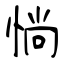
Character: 惝